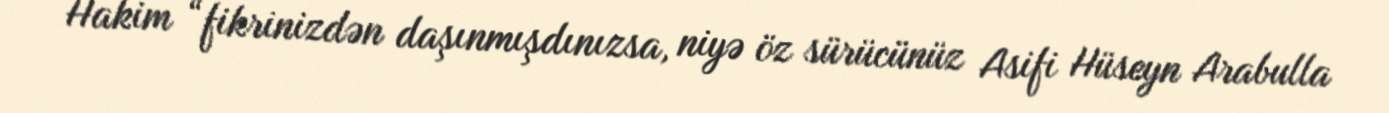
Hakim “fikrinizdən daşınmışdınızsa, niyə öz sürücünüz Asifi Hüseyn Arabulla